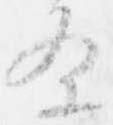
条